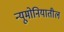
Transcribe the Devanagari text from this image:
न्यूमोनियातील